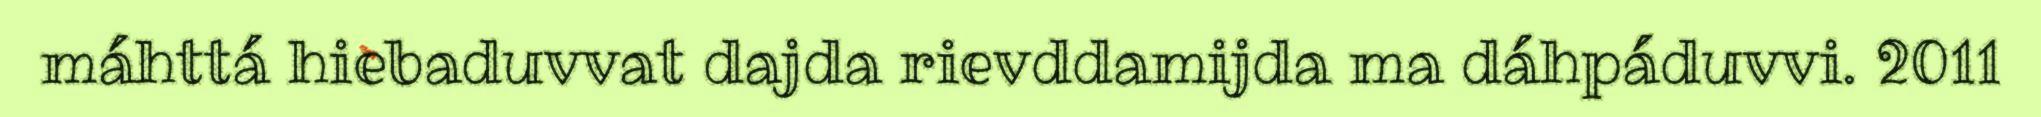
máhttá hiebaduvvat dajda rievddamijda ma dáhpáduvvi. 2011